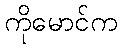
ကိုမောင်က